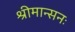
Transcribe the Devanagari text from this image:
श्रीमान्सनः